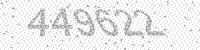
Solution: 449622